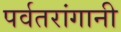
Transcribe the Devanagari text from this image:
पर्वतरांगानी